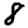
Digit: 8